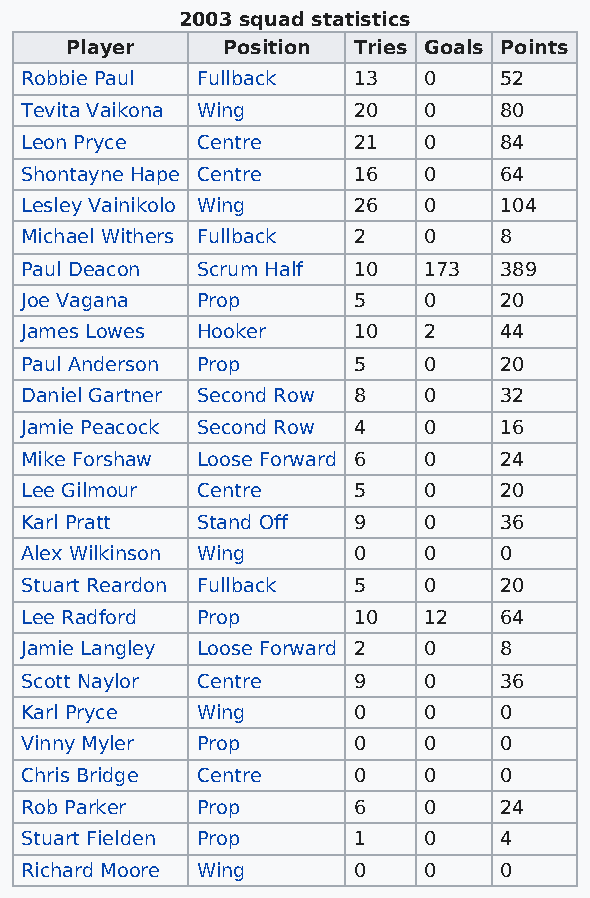
2003 squad statistics
 Player     Position Tries Goals Points
 Robbie Paul Fullback  13   0    52
 Tevita Vaikona Wing   20   0    80
 Leon Pryce  Centre    21   0    84
 Shontayne Hape Centre 16   0    64
 Lesley Vainikolo Wing 26   0    104
 Michael Withers Fullback 2 0    8
 Paul Deacon Scrum Half 10  173  389
 Joe Vagana  Prop      5    0    20
 James Lowes Hooker    10   2    44
 Paul Anderson Prop    5    0    20
 Daniel Gartner Second Row 8 0   32
 Jamie Peacock Second Row 4 0    16
 Mike Forshaw Loose Forward 6 0  24
 Lee Gilmour Centre    5    0    20
 Karl Pratt  Stand Off 9    0    36
 Alex Wilkinson Wing   0    0    0
 Stuart Reardon Fullback 5  0    20
 Lee Radford Prop      10   12   64
 Jamie Langley Loose Forward 2 0 8
 Scott Naylor Centre   9    0    36
 Karl Pryce  Wing      0    0    0
 Vinny Myler Prop      0    0    0
 Chris Bridge Centre   0    0    0
 Rob Parker  Prop      6    0    24
 Stuart Fielden Prop   1    0    4
 Richard Moore Wing    0    0    0